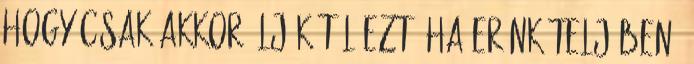
hogy csak akkor éljük túl ezt, ha erőnk teljében,